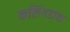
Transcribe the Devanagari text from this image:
कलिंगडांचा